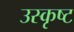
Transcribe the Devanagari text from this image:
उस्कृष्ट